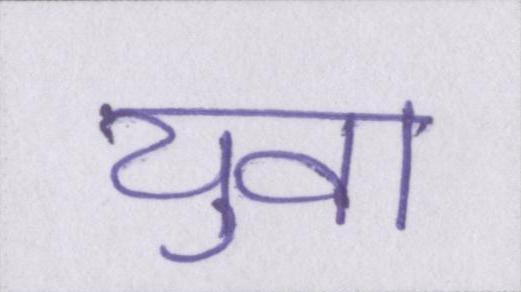
युवा